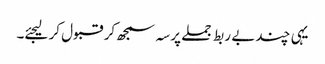
یہی چند بے ربط جملے پرسہ سمجھ کر قبول کر لیجئے۔